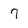
Character: 7